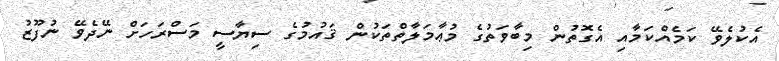
އެކުލެވޭ ކަމެއްކަމާއި އެގޮތުން މިބާވަތުގެ މުޢާމަލާތްތަކުން ޤައުމުގެ ސިޔާސީ މަސްރަހަށް ނޭދެވޭ ނުފޫޒު